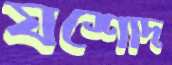
যশোদ